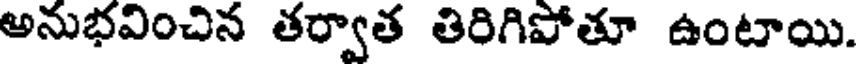
అనుభవించిన తర్వాత తిరిగిపోతూ ఉంటాయి.